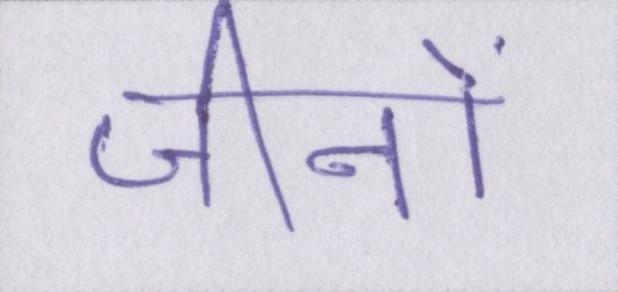
जीनों